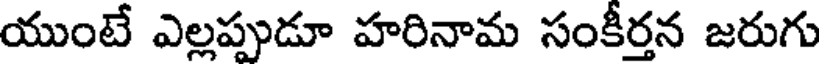
యుంటే ఎల్లప్పుడూ హరినామ సంకీర్తన జరుగు